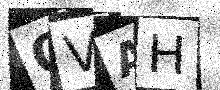
Text: OVAH